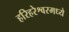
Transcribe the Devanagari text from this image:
हरिहरेश्वरमध्ये